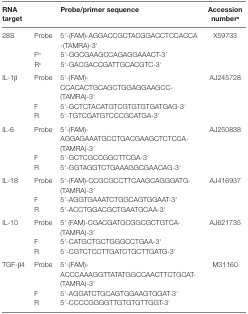
<table><thead><tr><td><b>RNA target</b></td><td></td><td><b>Probe/primer sequence</b></td><td><b>Accession number<sup>a</sup></b></td></tr></thead><tbody><tr><td rowspan="3">28S</td><td>Probe</td><td>5′-(FAM)-AGGACCGCTACGGACCTCCACCA -(TAMRA)-3′</td><td rowspan="3">X59733</td></tr><tr><td>F<sup>b</sup></td><td>5′-GGCGAAGCCAGAGGAAACT-3′</td></tr><tr><td>R<sup>c</sup></td><td>5′-GACGACCGATTGCACGTC-3′</td></tr><tr><td rowspan="3">IL-1β</td><td>Probe</td><td>5′-(FAM)-CCACACTGCAGCTGGAGGAAGCC-(TAMRA)-3′</td><td rowspan="3">AJ245728</td></tr><tr><td>F</td><td>5′-GCTCTACATGTCGTGTGTGATGAG-3′</td></tr><tr><td>R</td><td>5′-TGTCGATGTCCCGCATGA-3′</td></tr><tr><td rowspan="3">IL-6</td><td>Probe</td><td>5′-(FAM)-AGGAGAAATGCCTGACGAAGCTCTCCA-(TAMRA)-3′</td><td rowspan="3">AJ250838</td></tr><tr><td>F</td><td>5′-GCTCGCCGGCTTCGA-3′</td></tr><tr><td>R</td><td>5′-GGTAGGTCTGAAAGGCGAACAG-3′</td></tr><tr><td rowspan="3">IL-18</td><td>Probe</td><td>5′-(FAM)-CCGCGCCTTCAAGCAGGGATG-(TAMRA)-3′</td><td rowspan="3">AJ416937</td></tr><tr><td>F</td><td>5′-AGGTGAAATCTGGCAGTGGAAT-3′</td></tr><tr><td>R</td><td>5′-ACCTGGACGCTGAATGCAA-3′</td></tr><tr><td rowspan="3">IL-10</td><td>Probe</td><td>5′ (FAM)-CGACGATGCGGCGCTGTCA-(TAMRA)-3′</td><td rowspan="3">AJ621735</td></tr><tr><td>F</td><td>5′-CATGCTGCTGGGCCTGAA-3′</td></tr><tr><td>R</td><td>5′-CGTCTCCTTGATCTGCTTGATG-3′</td></tr><tr><td rowspan="3">TGF-β4</td><td>Probe</td><td>5′-(FAM)-ACCCAAAGGTTATATGGCCAACTTCTGCAT-(TAMRA)-3′</td><td rowspan="3">M31160</td></tr><tr><td>F</td><td>5′-AGGATCTGCAGTGGAAGTGGAT-3′</td></tr><tr><td>R</td><td>5′-CCCCGGGGTTGTGTGTTGGT-3′</td></tr></tbody></table>